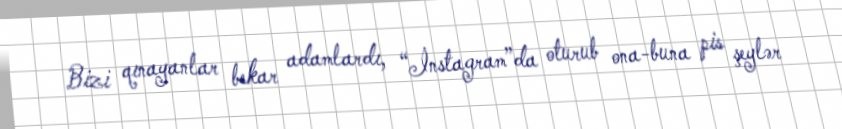
Bizi qınayanlar bekar adamlardı, “İnstagram”da oturub ona-buna pis şeylər